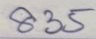
835